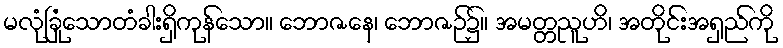
မလုံခြုံသောတံခါးရှိကုန်သော။ ဘောဇနေ၊ ဘောဇဉ်၌။ အမတ္တညူဟိ၊ အတိုင်းအရှည်ကို